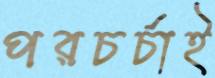
পরচর্চাই